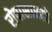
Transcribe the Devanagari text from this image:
रोपासारखे